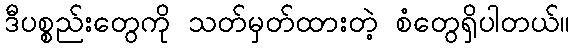
ဒီပစ္စည်းတွေကို သတ်မှတ်ထားတဲ့ စံတွေရှိပါတယ်။